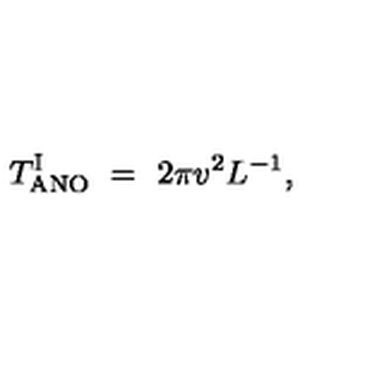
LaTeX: T _ { \mathrm { A N O } } ^ { \mathrm { I } } \ = \ { 2 \pi v ^ { 2 } } L ^ { - 1 } ,